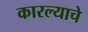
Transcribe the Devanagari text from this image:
कारल्याचे